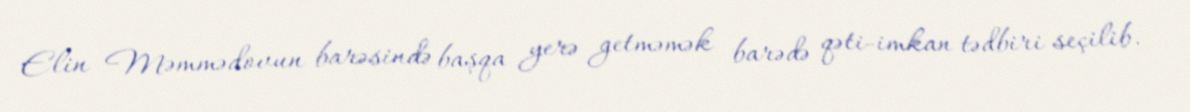
Elin Məmmədovun barəsində başqa yerə getməmək barədə qəti-imkan tədbiri seçilib.